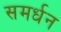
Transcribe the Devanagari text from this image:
समर्धन